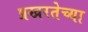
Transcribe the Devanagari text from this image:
प्रखरतेच्या